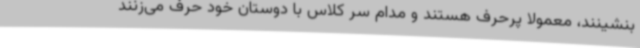
بنشینند، معمولاً پرحرف هستند و مدام سر کلاس با دوستان خود حرف می‌زنند